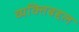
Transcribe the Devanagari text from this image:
व्यक्तिबद्दल